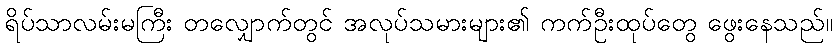
ရိပ်သာလမ်းမကြီး တလျှောက်တွင် အလုပ်သမားများ၏ ကက်ဦးထုပ်တွေ ဖွေးနေသည်။